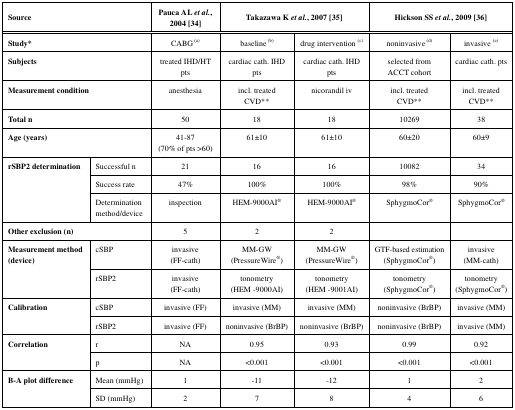
| <COLSPAN=2> Source | Pauca AL et al., 2004 [34] | <COLSPAN=2> Takazawa K et al., 2007 [35] | <COLSPAN=2> Hickson SS et al., 2009 [36] |
 | --- | --- | --- | --- | --- | --- | --- |
 | <COLSPAN=2> Study* | CABG (a) | baseline (b) | drug intervention (c) | noninvasive (d) | invasive (e) |
 | <COLSPAN=2> Subjects | treated IHD/HT pts | cardiac cath. IHD pts | cardiac cath. IHD pts | selected fromACCT cohort | cardiac cath. pts |
 | <COLSPAN=2> Measurement condition | anesthesia | incl. treated CVD** | nicorandil iv | incl. treatedCVD** | incl. treated CVD** |
 | <COLSPAN=2> Total n | 50 | 18 | 18 | 10269 | 38 |
 | <COLSPAN=2> Age (years) | 41-87(70% of pts >60) | 61±10 | 61±10 | 60±20 | 60±9 |
 | <ROWSPAN=3> rSBP2 determination | Successful n | 21 | 16 | 16 | 10082 | 34 |
 | Success rate | 47% | 100% | 100% | 98% | 90% |
 | Determination method/device | inspection | HEM-9000AI® | HEM-9000AI® | SphygmoCor® | SphygmoCor® |
 | <COLSPAN=2> Other exclusion (n) | 5 | 2 | 2 |  |  |
 | <ROWSPAN=2> Measurement method(device) | cSBP | invasive(FF-cath) | MM-GW(PressureWire®) | MM-GW(PressureWire®) | GTF-based estimation(SphygmoCor®) | invasive(MM-cath) |
 | rSBP2 | invasive(FF-cath) | tonometry(HEM -9000AI) | tonometry(HEM -9001AI) | tonometry (SphygmoCor®) | tonometry (SphygmoCor®) |
 | <ROWSPAN=2> Calibration | cSBP | invasive (FF) | invasive (MM) | invasive (MM) | noninvasive (BrBP) | invasive (MM) |
 | rSBP2 | invasive (FF) | noninvasive (BrBP) | noninvasive (BrBP) | noninvasive (BrBP) | invasive (MM) |
 | <ROWSPAN=2> Correlation | r | NA | 0.95 | 0.93 | 0.99 | 0.92 |
 | p | NA | <0.001 | <0.001 | <0.001 | <0.001 |
 | <ROWSPAN=2> B-A plot difference | Mean (mmHg) | 1 | -11 | -12 | 1 | 2 |
 | SD (mmHg) | 2 | 7 | 8 | 4 | 6 |